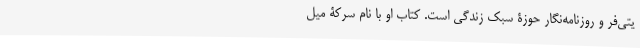
یتی‌فر و روزنامه‌نگار حوزۀ سبک زندگی است. کتاب او با نام سرکۀ میل